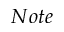
N o t e